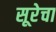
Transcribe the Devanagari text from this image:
सूरेचा